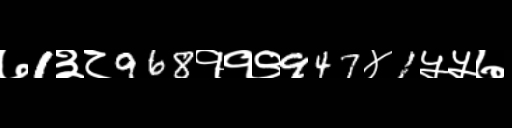
Text: ७1३८968११९947४1५५७